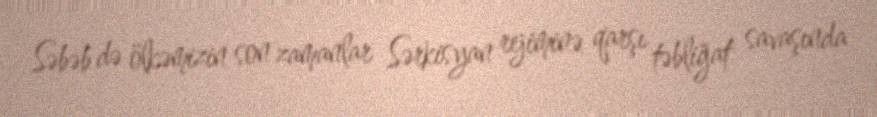
Səbəb də ölkəmizin son zamanlar Sərkisyan rejiminə qarşı təbliğat savaşında